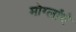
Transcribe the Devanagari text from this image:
मोग्लांचे